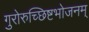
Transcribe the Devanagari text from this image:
गुरोरुच्छिष्टभोजनम्